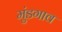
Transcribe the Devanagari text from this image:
मुंडगाव